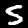
Label: 5